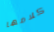
كلامها